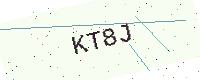
Text: KT8J